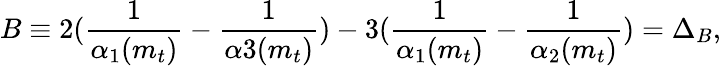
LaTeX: B\equiv 2(\frac{1}{\alpha_{1}(m_{t})}-\frac{1}{\alpha{3}(m_{t})})-3(\frac{1}{\alpha_{1}(m_{t})}-\frac{1}{\alpha_{2}(m_{t})})=\Delta_{B},